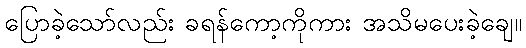
ပြောခဲ့သော်လည်း ခရန်ကော့ကိုကား အသိမပေးခဲ့ချေ။